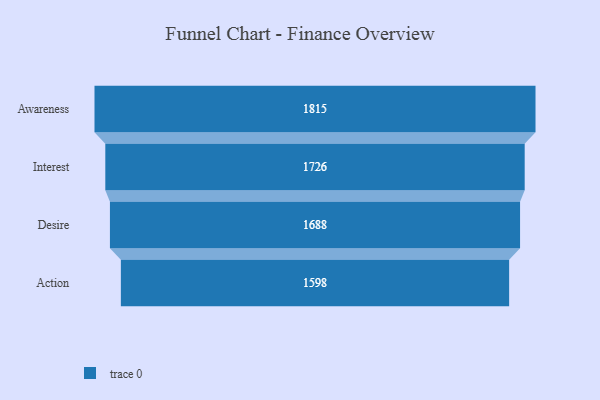
{"axis": {"x": "Stage", "y": "Value"}, "legend": [""], "data": [{"x": "Awareness", "y": 1815.0, "type": ""}, {"x": "Interest", "y": 1726.0, "type": ""}, {"x": "Desire", "y": 1688.0, "type": ""}, {"x": "Action", "y": 1598.0, "type": ""}]}